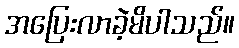
အပြေးလာခဲ့မိပါသည်။